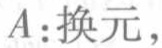
$A:\text{换元，}$